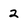
Character: 2